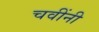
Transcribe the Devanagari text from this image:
चवींनी